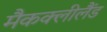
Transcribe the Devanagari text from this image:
मैकक्लीलैंड